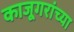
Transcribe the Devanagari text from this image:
काजूगरांच्या